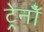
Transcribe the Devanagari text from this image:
ट्रेनोँ